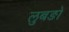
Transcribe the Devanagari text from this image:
लुबङो